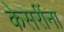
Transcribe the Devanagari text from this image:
केसरींना